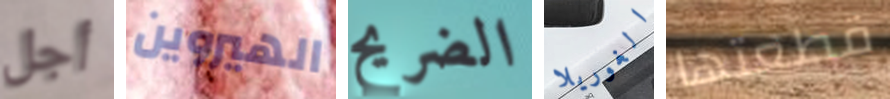
أجل الهيروين الضريح الغوريلا قطعتها